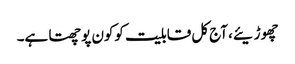
چھوڑیئے، آج کل قابلیت کوکون پوچھتا ہے۔